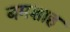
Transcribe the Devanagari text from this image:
बमशाह